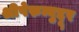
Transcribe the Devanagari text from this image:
श्रीपेरुम्बुद्दूर